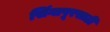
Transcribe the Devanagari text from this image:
सिंगापूरसाठी